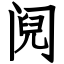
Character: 阋